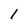
Character: 1